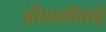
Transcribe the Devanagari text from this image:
सोमालीयाई